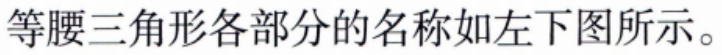
等腰三角形各部分的名称如左下图所示。